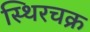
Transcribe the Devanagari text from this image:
स्थिरचक्र